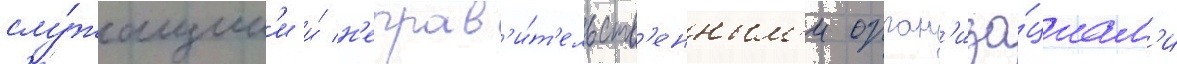
слу́жащим'и и́ н'еправ'и́т'ельств'енным'и орган'иза́циам'и